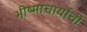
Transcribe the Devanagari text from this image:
भीष्माचार्याची